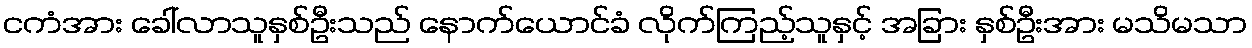
ငကံအား ခေါ်လာသူနှစ်ဦးသည် နောက်ယောင်ခံ လိုက်ကြည့်သူနှင့် အခြား နှစ်ဦးအား မသိမသာ